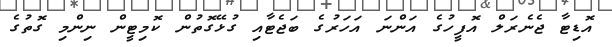
އޮޑިޓާ ޖެނެރަލް އޮފީހުގެ އަންނަ އަހަރުގެ ބަޖެޓާއި ގުޅޭގޮތުން ކޮމިޓީން ނިންމި ގޮތުގެ